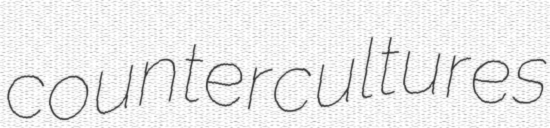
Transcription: countercultures